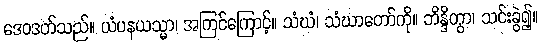
ဒေဝဒတ်သည်။ ယံပနယသ္မာ၊ အကြင်ကြောင့်။ သံဃံ၊ သံဃာတော်ကို။ ဘိန္ဒိတွာ၊ သင်းခွဲ၍။